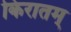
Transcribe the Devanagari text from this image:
किरातम्